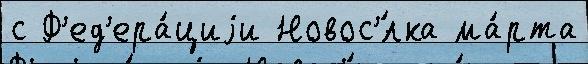
с Ф'ед'ера́циjи Новос'́лка ма́рта